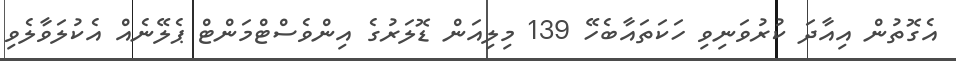
އެގޮތުން އިއާދަ ކުރުވަނިވި ހަކަތައާބެހޭ 139 މިލިއަން ޑޮލަރުގެ އިންވެސްޓްމަންޓް ޕެލޭނެއް އެކުލަވާލެވި